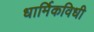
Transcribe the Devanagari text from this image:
धार्मिकविधी